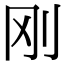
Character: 刚